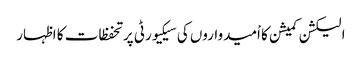
الیکشن کمیشن کا اْمیدواروں کی سیکیورٹی پر تحفظات کا اظہار